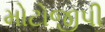
મોટોજીપી